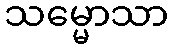
သမ္မောသာ